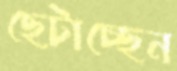
ছেটাচ্ছেন